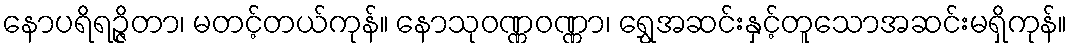
နောပရိရဉ္ဇိတာ၊ မတင့်တယ်ကုန်။ နောသုဝဏ္ဏဝဏ္ဏာ၊ ရွှေအဆင်းနှင့်တူသောအဆင်းမရှိကုန်။